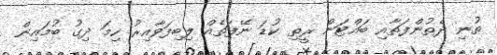
ތުނި ދެތުންފަތާއި ބައްޓަން ރީތި ކުޑަ ނޭފަތެއް ލިބިފަވާއިރު ހިމަ ދިގު ބުމައިން